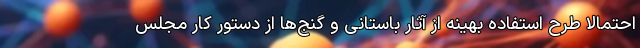
احتمالا طرح استفاده بهینه از آثار باستانی و گنج‌ها از دستور کار مجلس